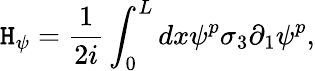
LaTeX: \mathtt{H}_{\psi}=\frac{{1}}{{2i}}\int_{0}^{L}dx\psi^{p}\sigma_{3}\partial_{1}\psi^{p},